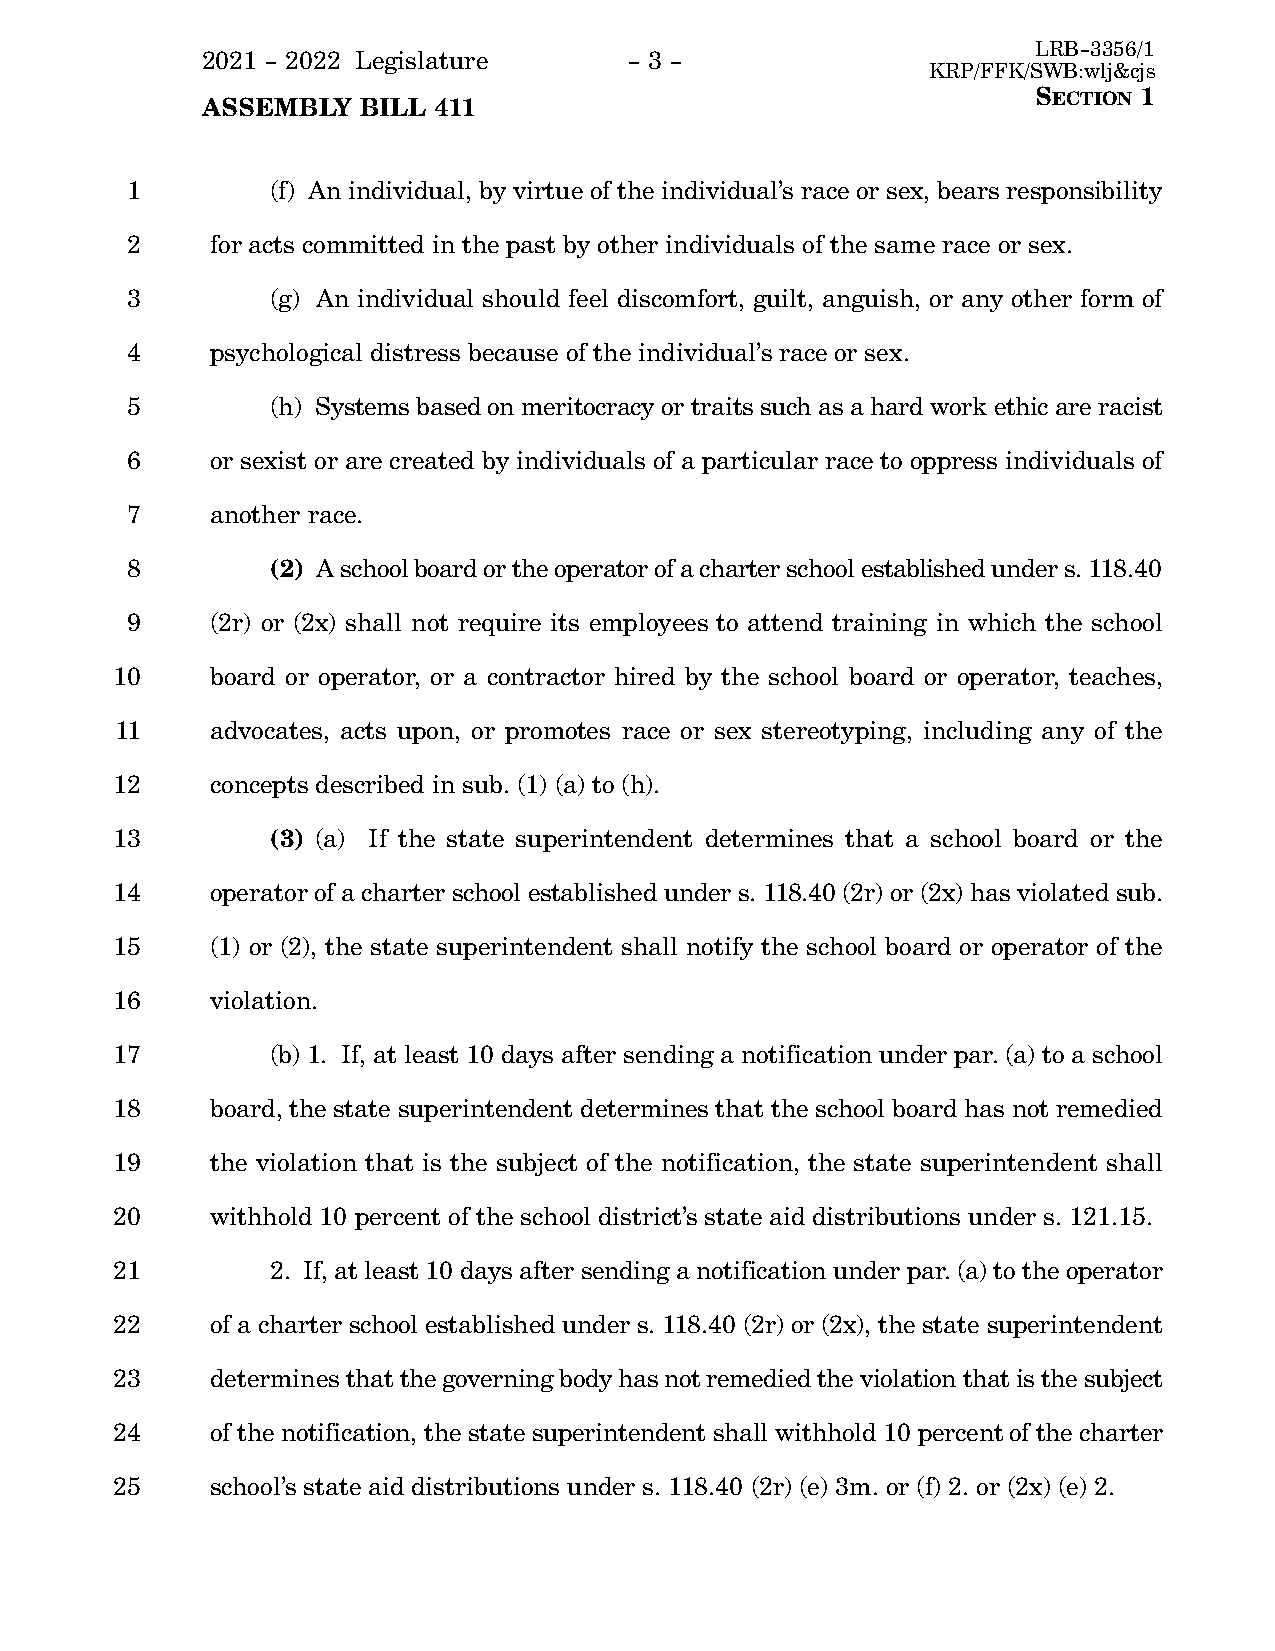
LRB-3356/1
 2021 - 2022 Legislature      - 3 -
 KRP/FFK/SWB:wlj&cjs
 ASSEMBLY   BILL 411
 SECTION 1
 1         (f) An individual, by virtue of the individual's race or sex, bears responsibility
 2     for acts committed in the past by other individuals of the same race or sex.
 3         (g) An individual should feel discomfort, guilt, anguish, or any other form of
 4     psychological distress because of the individual's race or sex.
 5         (h) Systems based on meritocracy or traits such as a hard work ethic are racist
 6     or sexist or are created by individuals of a particular race to oppress individuals of
 7     another race.
 8         (2) A school board or the operator of a charter school established under s. 118.40
 9     (2r) or (2x) shall not require its employees to attend training in which the school
 10     board or operator, or a contractor hired by the school board or operator, teaches,
 11    advocates, acts upon, or promotes race or sex stereotyping, including any of the
 12     concepts described in sub. (1) (a) to (h).
 13         (3) (a) If the state superintendent determines that a school board or the
 14     operator of a charter school established under s. 118.40 (2r) or (2x) has violated sub.
 15     (1) or (2), the state superintendent shall notify the school board or operator of the
 16     violation.
 17         (b) 1. If, at least 10 days after sending a notification under par. (a) to a school
 18     board, the state superintendent determines that the school board has not remedied
 19     the violation that is the subject of the notification, the state superintendent shall
 20     withhold 10 percent of the school district's state aid distributions under s. 121.15.
 21         2. If, at least 10 days after sending a notification under par. (a) to the operator
 22     of a charter school established under s. 118.40 (2r) or (2x), the state superintendent
 23     determines that the governing body has not remedied the violation that is the subject
 24     of the notification, the state superintendent shall withhold 10 percent of the charter
 25     school's state aid distributions under s. 118.40 (2r) (e) 3m. or (f) 2. or (2x) (e) 2.